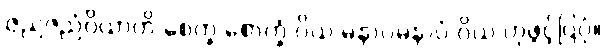
ဇညဇညံဝိယာတိ စေက္ခ စောက္ခံ ဝိယ မနာပမနာပံ ဝိယ ဟုဖွင့်ပြပုံ။